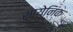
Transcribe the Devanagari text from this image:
सायेनिक